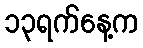
၁၃ရက်နေ့က